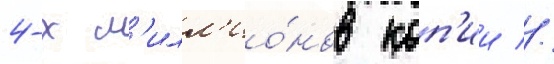
4-х м'илл'ио́нов коп'ии //